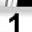
Digit: 1